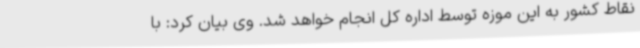
نقاط کشور به این موزه توسط اداره کل انجام خواهد شد. وی بیان کرد: با